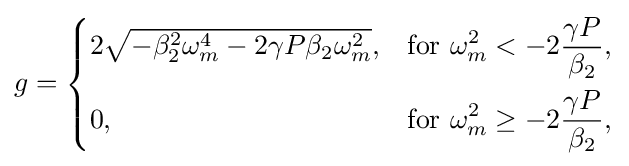
g={\begin{cases}2{\sqrt {-\beta _{2}^{2}\omega _{m}^{4}-2\gamma P\beta _{2}\omega _{m}^{2}}},&{\text{for }}\displaystyle \omega _{m}^{2}<-2{\frac {\gamma P}{\beta _{2}}},\\[2ex]0,&{\text{for }}\displaystyle \omega _{m}^{2}\geq -2{\frac {\gamma P}{\beta _{2}}},\end{cases}}